Scottish Leaving Certificate Examination, 1955
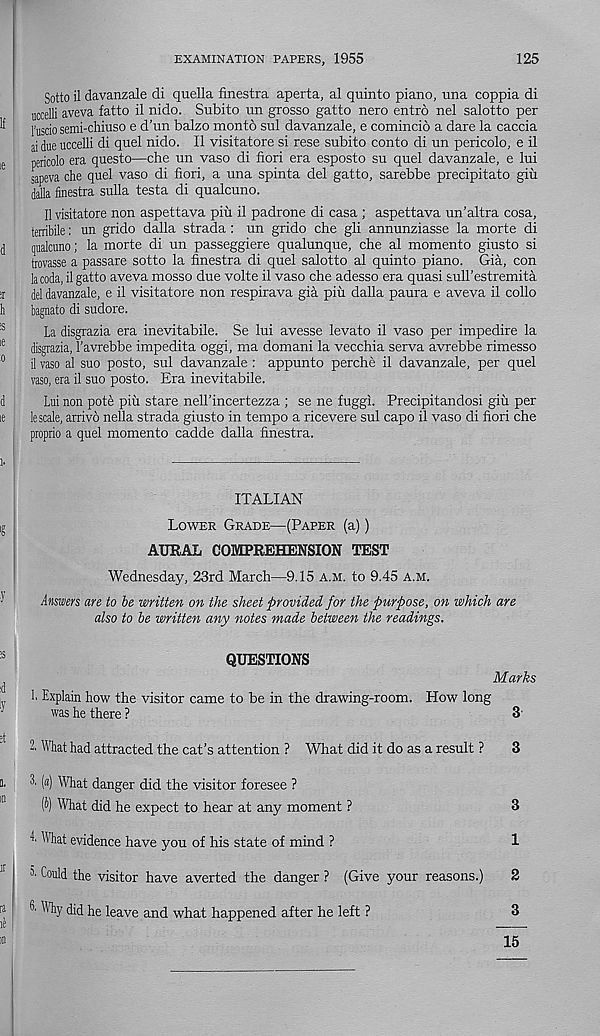
EXAMINATION PAPERS, 1955
125
Sotto il davanzale di quella finestra aperta, al quinto piano, una coppia di
uccelli aveva fatto il nido. Subito un grosso gatto nero entrd nel salotto per
I’uscio semi-chiuso e d’un balzo monto sul davanzale, e comincio a dare la caccia
ai due uccelli di quel nido. Il visitatore si rese subito conto di un pericolo, e il
pericolo era questo—che un vaso di fiori era esposto su quel davanzale, e lui
sapeva che quel vaso di fiori, a una spinta del gatto, sarebbe precipitate giu
daUa finestra sulla testa di qualcuno.
Il visitatore non aspettava piu il padrone di casa ; aspettava un’altra cosa,
terribile: un grido dalla strada : un grido che gli annunziasse la morte di
qualcuno; la morte di un passeggiere qualunque, che al momento giusto si
trovasse a passare sotto la finestra di quel salotto al quinto piano. Gia, con
la coda, il gatto aveva mosso due volte il vaso che adesso era quasi sull’estremita
del davanzale, e il visitatore non respirava gia piu dalla paura e aveva il collo
bagnato di sudore.
La disgrazia era inevitabile. Se lui avesse levato il vaso per impedire la
disgrazia, 1'avrebbe impedita oggi, ma domani la vecchia serva avrebbe rimesso
il vaso al suo posto, sul davanzale : appunto perche il davanzale, per quel
vaso, era il suo posto. Era inevitabile.
Lui non pote piu stare nell’incertezza ; se ne fuggi. Precipitandosi giu per
le scale, arrive nella strada giusto in tempo a ricevere sul capo il vaso di fiori che
proprio a quel momento cadde dalla finestra.
ITALIAN
Lower Grade—(Paper (a))
AURAL COMPREHENSION TEST
Wednesday, 23rd March—9.15 A.M. to 9.45 a.m.
Answers are to be written on the sheet provided for the purpose, on which are
also to be written any notes made between the readings.
QUESTIONS
L Explain how the visitor came to be in the drawing-room,
was he there ?
Marks
How long
3
2, What had attracted the cat’s attention ? What did it do as a result ?
3
3' (a) What danger did the visitor foresee ?
(i) What did he expect to hear at any moment ?
3
What evidence have you of his state of mind ?
1
3 ' Could the visitor have averted the danger ? (Give your reasons.)
2
Why did he leave and what happened after he left ?
3
15